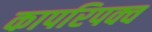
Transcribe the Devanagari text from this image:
कापरिपक्व